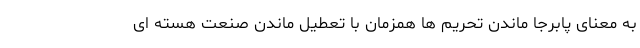
به معنای پابرجا ماندن تحریم ها همزمان با تعطیل ماندن صنعت هسته ای